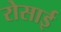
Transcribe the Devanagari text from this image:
रोसाई